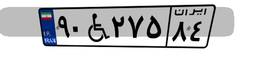
۹۰W۲۷۵۸۴